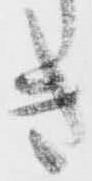
き